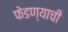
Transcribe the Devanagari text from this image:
फेडण्याची